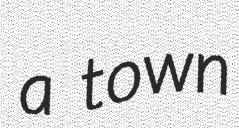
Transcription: a town